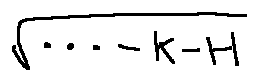
\sqrt { \cdots - k - H }